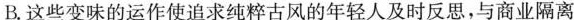
B.这些变味的运作使追求纯粹古风的年轻人及时反思，与商业隔离